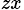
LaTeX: _{zx}